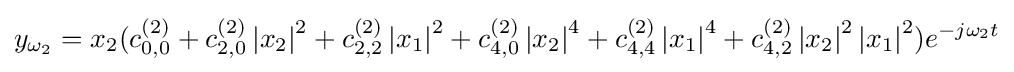
y_{\omega _{2}}=x_{2}(c_{0,0}^{(2)}+c_{2,0}^{(2)}\left\vert {x_{2}}\right\vert ^{2}+c_{2,2}^{(2)}\left\vert {x_{1}}\right\vert ^{2}+c_{4,0}^{(2)}\left\vert {x_{2}}\right\vert ^{4}+c_{4,4}^{(2)}\left\vert {x_{1}}\right\vert ^{4}+c_{4,2}^{(2)}\left\vert {x_{2}}\right\vert ^{2}\left\vert {x_{1}}\right\vert ^{2})e^{-j{\omega }_{2}t}